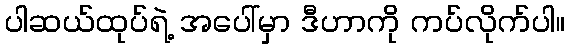
ပါဆယ်ထုပ်ရဲ့ အပေါ်မှာ ဒီဟာကို ကပ်လိုက်ပါ။